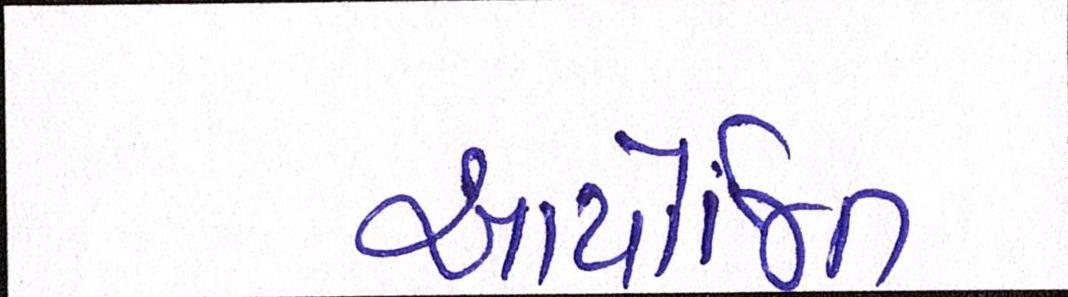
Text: આયોજિત